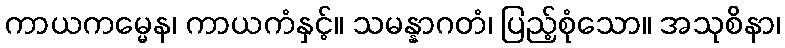
ကာယကမ္မေန၊ ကာယကံနှင့်။ သမန္နာဂတံ၊ ပြည့်စုံသော။ အသုစိနာ၊